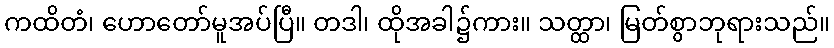
ကထိတံ၊ ဟောတော်မူအပ်ပြီ။ တဒါ၊ ထိုအခါ၌ကား။ သတ္ထာ၊ မြတ်စွာဘုရားသည်။